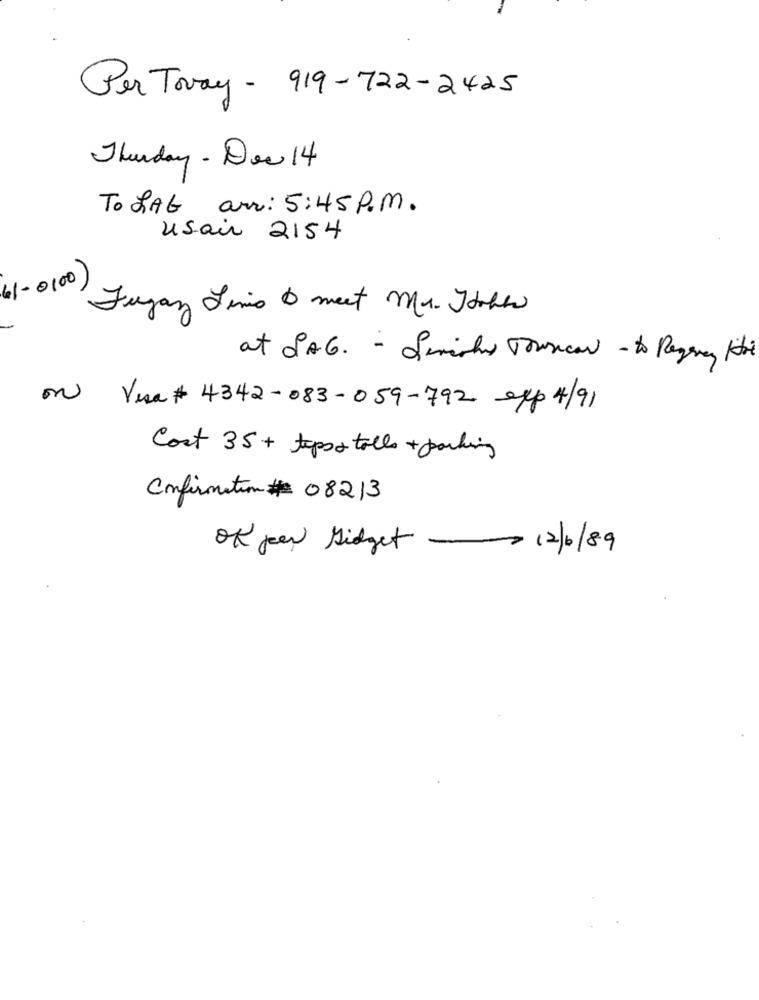
Per Toway - 919-722-2425
Thunday - Doc 14
To LAG arr: 5:45 P.M.
usair 2154
41-0100)
Fugaz Limo O meet Mr. Jobba
at SAG. - Semishy Tousican - to Regency Hotel
on Visa # 4342-083-059-792 exp 4/91
Cost 35 + teppo tolls + parking
Confirmation # 08213
OK Jeen Gidget - 12/6/89